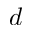
d